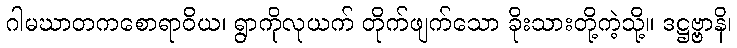
ဂါမဃာတကစောရာဝိယ၊ ရွာကိုလုယက် တိုက်ဖျက်သော ခိုးသားတို့ကဲ့သို့။ ဒဋ္ဌဗ္ဗာနိ၊